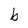
Character: b